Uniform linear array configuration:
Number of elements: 4
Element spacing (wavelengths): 1
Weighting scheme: cosine
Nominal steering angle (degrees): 15
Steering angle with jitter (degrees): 16.322
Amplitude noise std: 0.05
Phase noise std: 0.05

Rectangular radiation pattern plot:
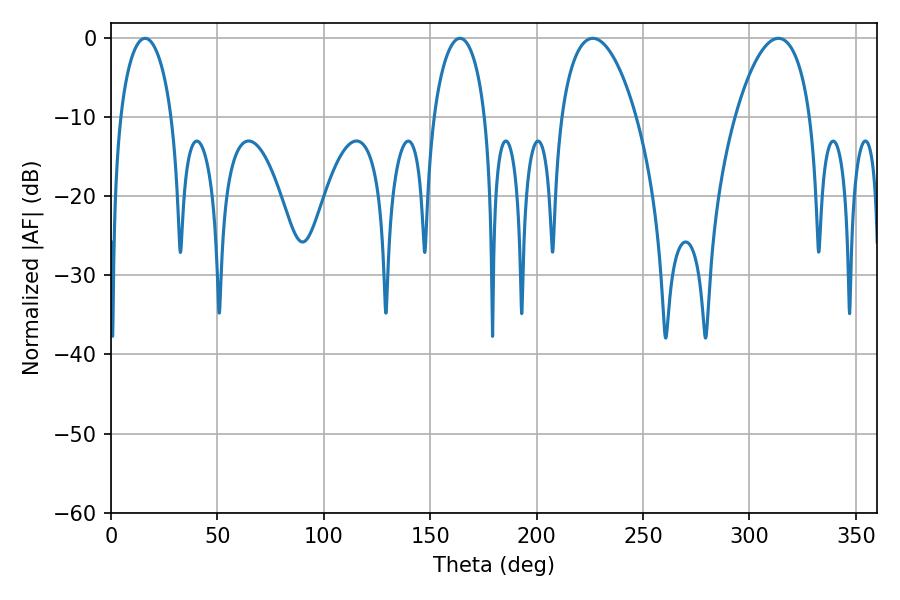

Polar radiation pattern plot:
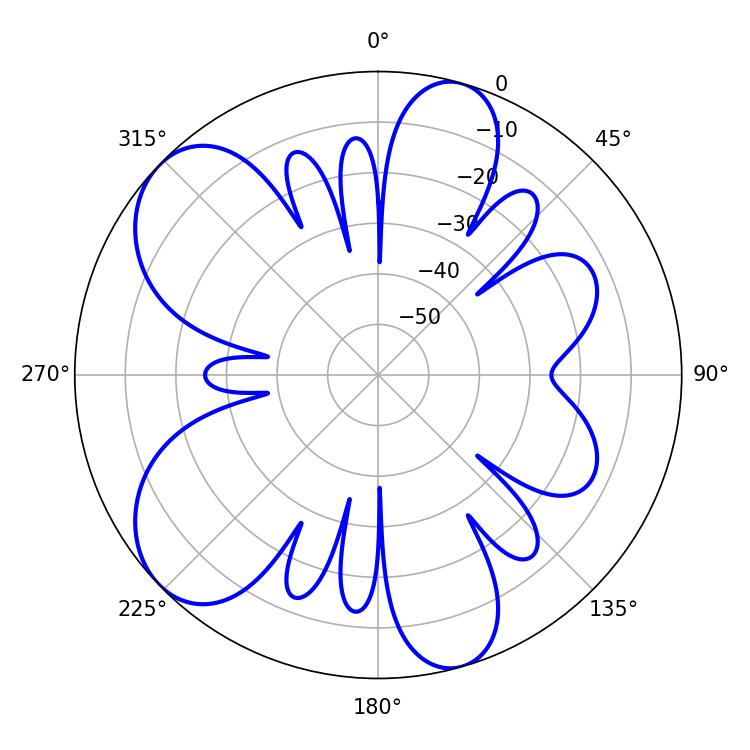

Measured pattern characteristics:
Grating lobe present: TRUE
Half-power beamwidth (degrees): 13.86
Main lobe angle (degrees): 16.02